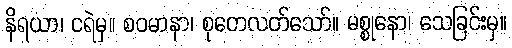
နိရယာ၊ ငရဲမှ။ စဝမာနာ၊ စုတေလတ်သော်။ မစ္စုနော၊ သေခြင်းမှ။